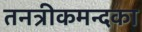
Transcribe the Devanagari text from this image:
तनत्रीकमन्दका